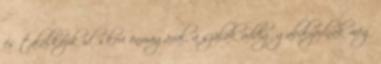
és találkozik időskori önmagával, a szálak addig gabalyodnak még